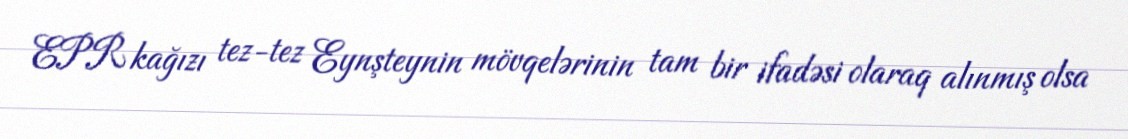
EPR kağızı tez-tez Eynşteynin mövqelərinin tam bir ifadəsi olaraq alınmış olsa